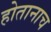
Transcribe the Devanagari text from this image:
होतानाच